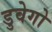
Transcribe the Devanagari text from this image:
डुवेगो